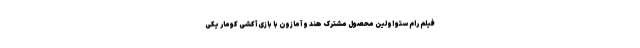
فیلم رام ستو اولین محصول مشترک هند و آمازون با بازی آکشی کومار یکی